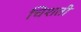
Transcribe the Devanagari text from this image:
चिशती